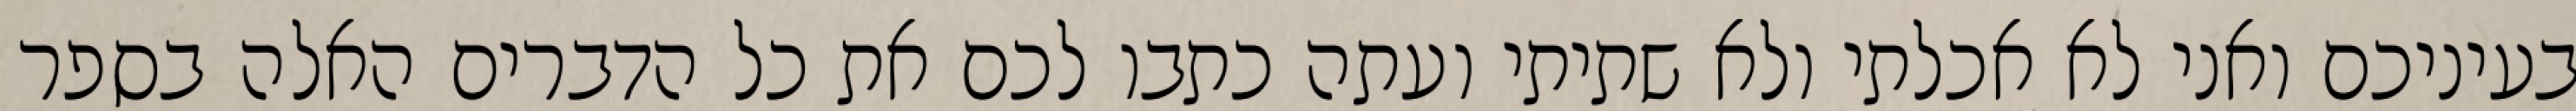
בעיניכם ואני לא אכלתי ולא שתיתי ועתה כתבו לכם את כל הדברים האלה בספר